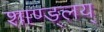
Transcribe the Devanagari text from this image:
शाण्ड्लय्